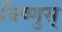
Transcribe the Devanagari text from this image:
विष्णुस्